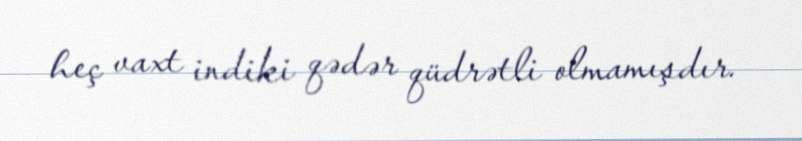
heç vaxt indiki qədər qüdrətli olmamışdır.